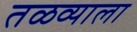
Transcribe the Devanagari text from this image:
तळव्याला